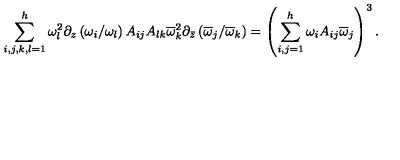
{ \sum _ { i , j , k , l = 1 } ^ { h } \omega _ { l } ^ { 2 } \partial _ { z } \left( { \omega _ { i } / \omega _ { l } } \right) A _ { i j } A _ { l k } \overline { \omega } _ { k } ^ { 2 } \partial _ { \bar { z } } \left( { \overline { \omega } _ { j } / \overline { \omega } _ { k } } \right) } = \left( \sum _ { i , j = 1 } ^ { h } \omega _ { i } A _ { i j } \overline { \omega } _ { j } \right) ^ { 3 } .